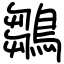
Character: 鶵